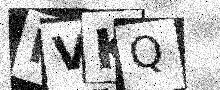
Text: HVKQ